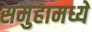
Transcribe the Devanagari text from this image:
समुहामध्ये